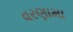
વરણામા